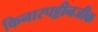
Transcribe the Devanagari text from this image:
किनारपट्टीनजीक